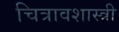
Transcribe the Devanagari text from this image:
चित्रावशास्त्री